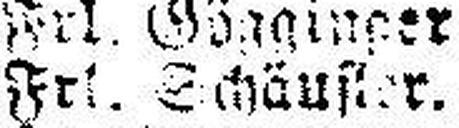
Frl. Schäufter.